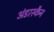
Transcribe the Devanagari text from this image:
अंडरस्कैन